Leaving Certificate Examination, 1920
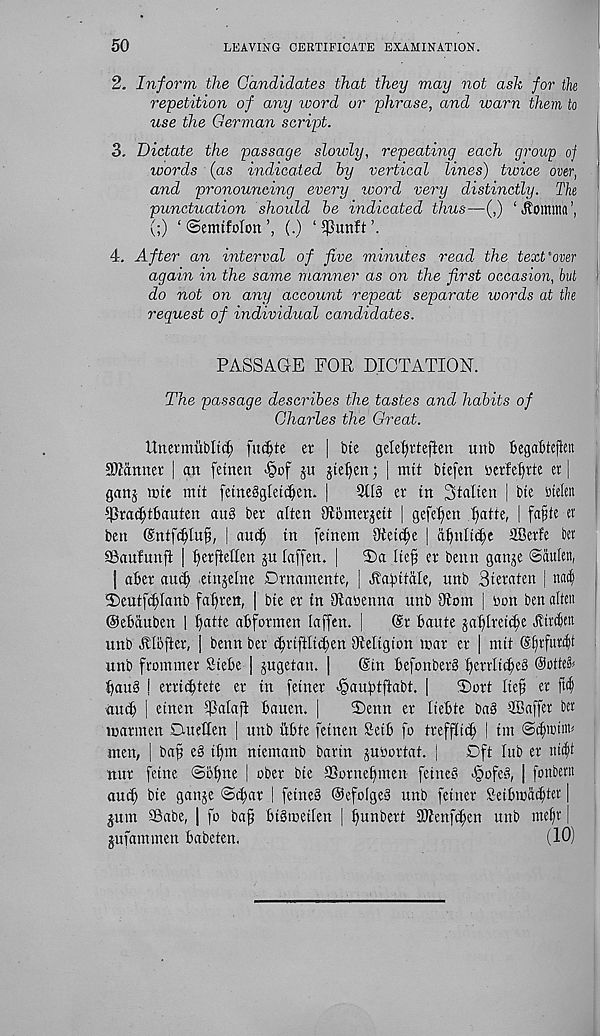
50
LEAVING CERTIFICATE EXAMINATION.
2. Inform the Candidates that they may not ash for the
repetition of any xoord or phrase, and warn them to
use the German script.
3. Dictate the passage slowly, repeating each group of
words (as indicated hy vertical lines) twice over,
and pronouncing every word very distinctly. The
punctuation should he indicated thus—(,) ‘ Jtomitta
(;) ‘©emiforon’, (.) ‘ $mtft
4. After an interval of five minutes read the text'over
again in the same manner as on the first occasion, but
do not on any account repeat separate words at the
request of individual candidates.
PASSAGE FOR DICTATION.
The passage describes the tastes and habits of
Charles the Great.
Unermiibltdj) finite et | ine gcletjttejien uttb fiegabtcjlen
SOIanner | an fetnen <§of ju jtefien; | mtt btefen berfeEnte er |
ganj icte mtt [etnegglet^en. |
2tl^ er in 3talten | bte btelen
EJIrac^tbauten au§ ber alien Oibmerjett | gefe^en ^atte, | fafte ev
ben ©ntfc^Iu^, | aut^ in fetnem Oiet^e | ainilt^e SBerfe bn
SSaufunfi | ^erftellen ju laffen. |
T)a lief er benn gan^e ©dulen,
| after aucft etnjelne Drnamente, | Jtaftitdle, unb Bteraten | na^
EDeutfi^Ianb faftreit, | bie er in Siaeenna unb Oiom | bon ben alien
©eftduben | ^atte aftformen laffen. |
(Sr ftaute jalflret^e Atr^en
unb Albfter, ] benn ber (^rtfiltcften Religion mar er | mtt Sfnfur^t
unb frommer Stefte | jugetan. |
(Sin ftefonber§ ficrrttcfteb
ftau§ | erriifttete er in fetner «§aufttftabt. [
S)ort Ite§ er ftcf)
■ autft | etnen EPatafl ftauen. |
T)enn er Iteftie ba§ SBaffer bet
marmen Cuteften | unb uftte fetnen Setft fo irefjlti^ i tm ©cftiotitt*
men, | ba^ eg tffm ntemanb barm jubortat. j
Oft liib er iti(|t
nur feme ©oftne | ober bte ©orneftmen fetneb JpofeS, | foitbent
aui$ bte ganje ©tftar | fetneS OefofgeS unb fetner &etfticd(ftier |
^utn SSabe, | fo bafi fttStoetten | ftunbert 3Penf(|en unb mef)t |
jufatntnen ftabeten.
(10)